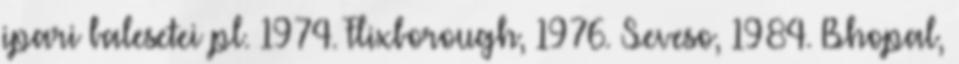
ipari balesetei pl. 1974. Flixborough, 1976. Seveso, 1984. Bhopal,